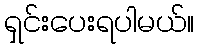
ရှင်းပေးရပါမယ်။